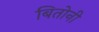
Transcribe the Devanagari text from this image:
बितोनी